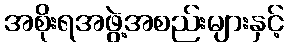
အစိုးရအဖွဲ့အစည်းများနှင့်